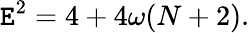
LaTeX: \mathtt{E}^{2}=4+4\omega(N+2).